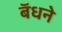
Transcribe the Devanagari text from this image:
बॅधने